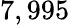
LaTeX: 7,995